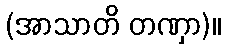
(အာသာတိ တဏှာ)။